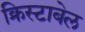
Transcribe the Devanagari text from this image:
क्रिस्टाबेल